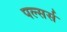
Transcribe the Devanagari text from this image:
पल्सर्स